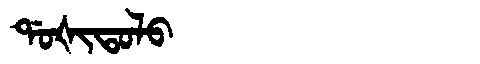
Manchu: ᡩᠣᡧᡳᡨᠣᠯᠣ
Romanization: DOŠITOLO